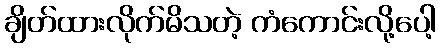
ချိတ်ထားလိုက်မိသတဲ့ ကံကောင်းလို့ပေါ့